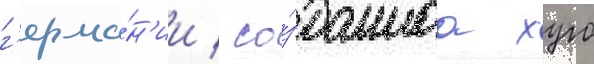
г'ерма́н'ии / со́зданнаа хуго